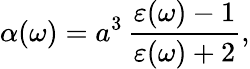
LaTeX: \alpha(\omega)=a^{3}\, \frac{\varepsilon(\omega)-1}{\varepsilon(\omega)+2},